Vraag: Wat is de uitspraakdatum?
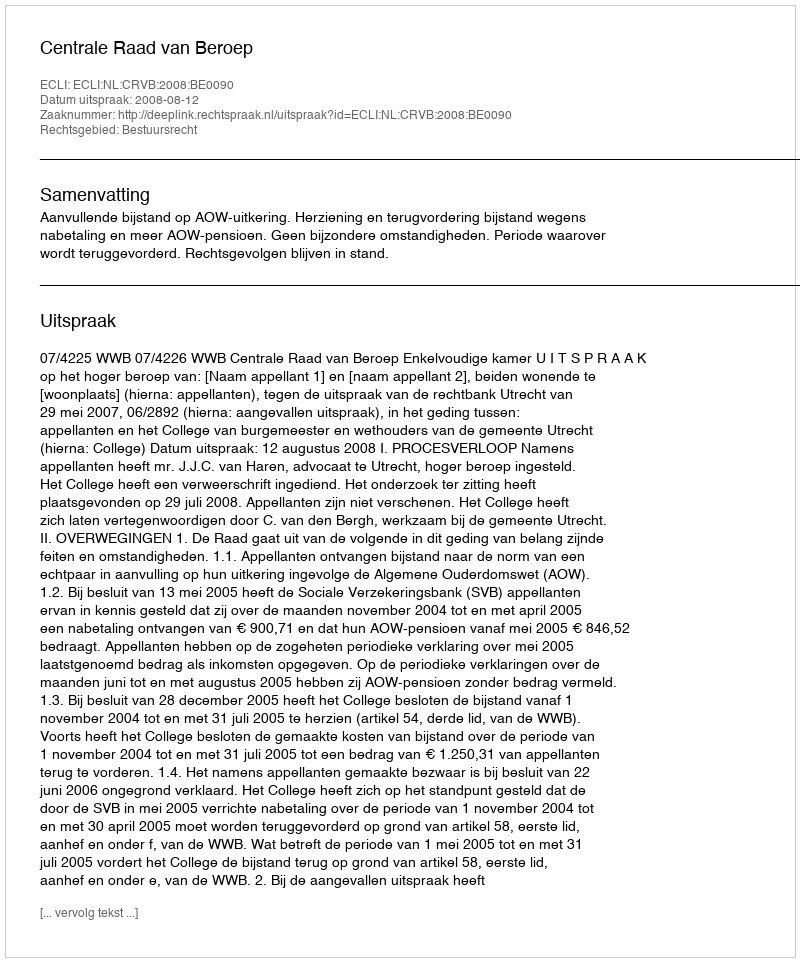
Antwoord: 2008-08-12